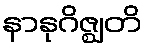
နာနုဂိဇ္ဈတိ